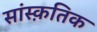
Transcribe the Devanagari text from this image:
सांस्‍क़तिक